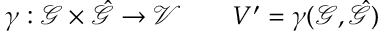
\gamma : \mathcal { \mathcal { G } } \times \hat { \mathcal { \mathcal { G } } } \to \mathcal { V } \quad \quad V ^ { \prime } = \gamma ( \mathcal { G } , \hat { \mathcal { G } } )